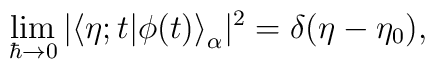
\lim_{\hbar\to 0}|\bigl<\eta;t|\phi(t)\bigr>_{\alpha}|^{2}=\delta(\eta-\eta_{0}),